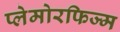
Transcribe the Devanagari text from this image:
प्लेमोरफिज्म